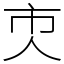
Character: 𠆴